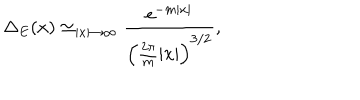
\Delta _ { E } ( x ) \simeq _ { | x | \rightarrow \infty } \frac { \mathrm { e } ^ { - m | x | } } { \left( \frac { 2 \pi } { m } | x | \right) ^ { 3 / 2 } } ,